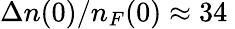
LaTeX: \Delta n(0)/n_{F}(0)\approx 34\